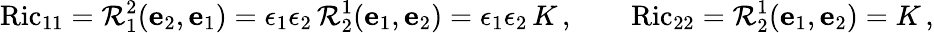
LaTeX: \operatorname{Ric}_{11}=\mathcal{R}^{2}_{1}(\mathbf{e}_{2},\mathbf{e}_{1})=\epsilon_{1}\epsilon_{2}\, \mathcal{R}^{1}_{2}(\mathbf{e}_{1},\mathbf{e}_{2})=\epsilon_{1}\epsilon_{2}\, K\, ,\qquad\operatorname{Ric}_{22}=\mathcal{R}^{1}_{2}(\mathbf{e}_{1},\mathbf{e}_{2})=K\, ,